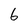
Character: 6